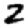
Digit: 2